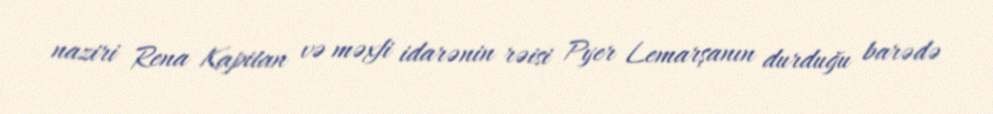
naziri Rena Kapitan və məxfi idarənin rəisi Pyer Lemarşanın durduğu barədə